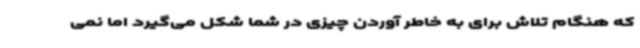
که هنگام تلاش برای به خاطر آوردن چیزی در شما شکل می‌گیرد اما نمی‌